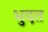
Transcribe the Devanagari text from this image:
भुदत